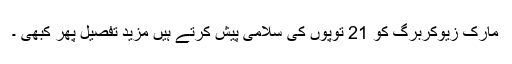
مارک زیوکربرگ کو 21 توپوں کی سلامی پیش کرتے ہیں مزید تفصیل پھر کبھی ۔